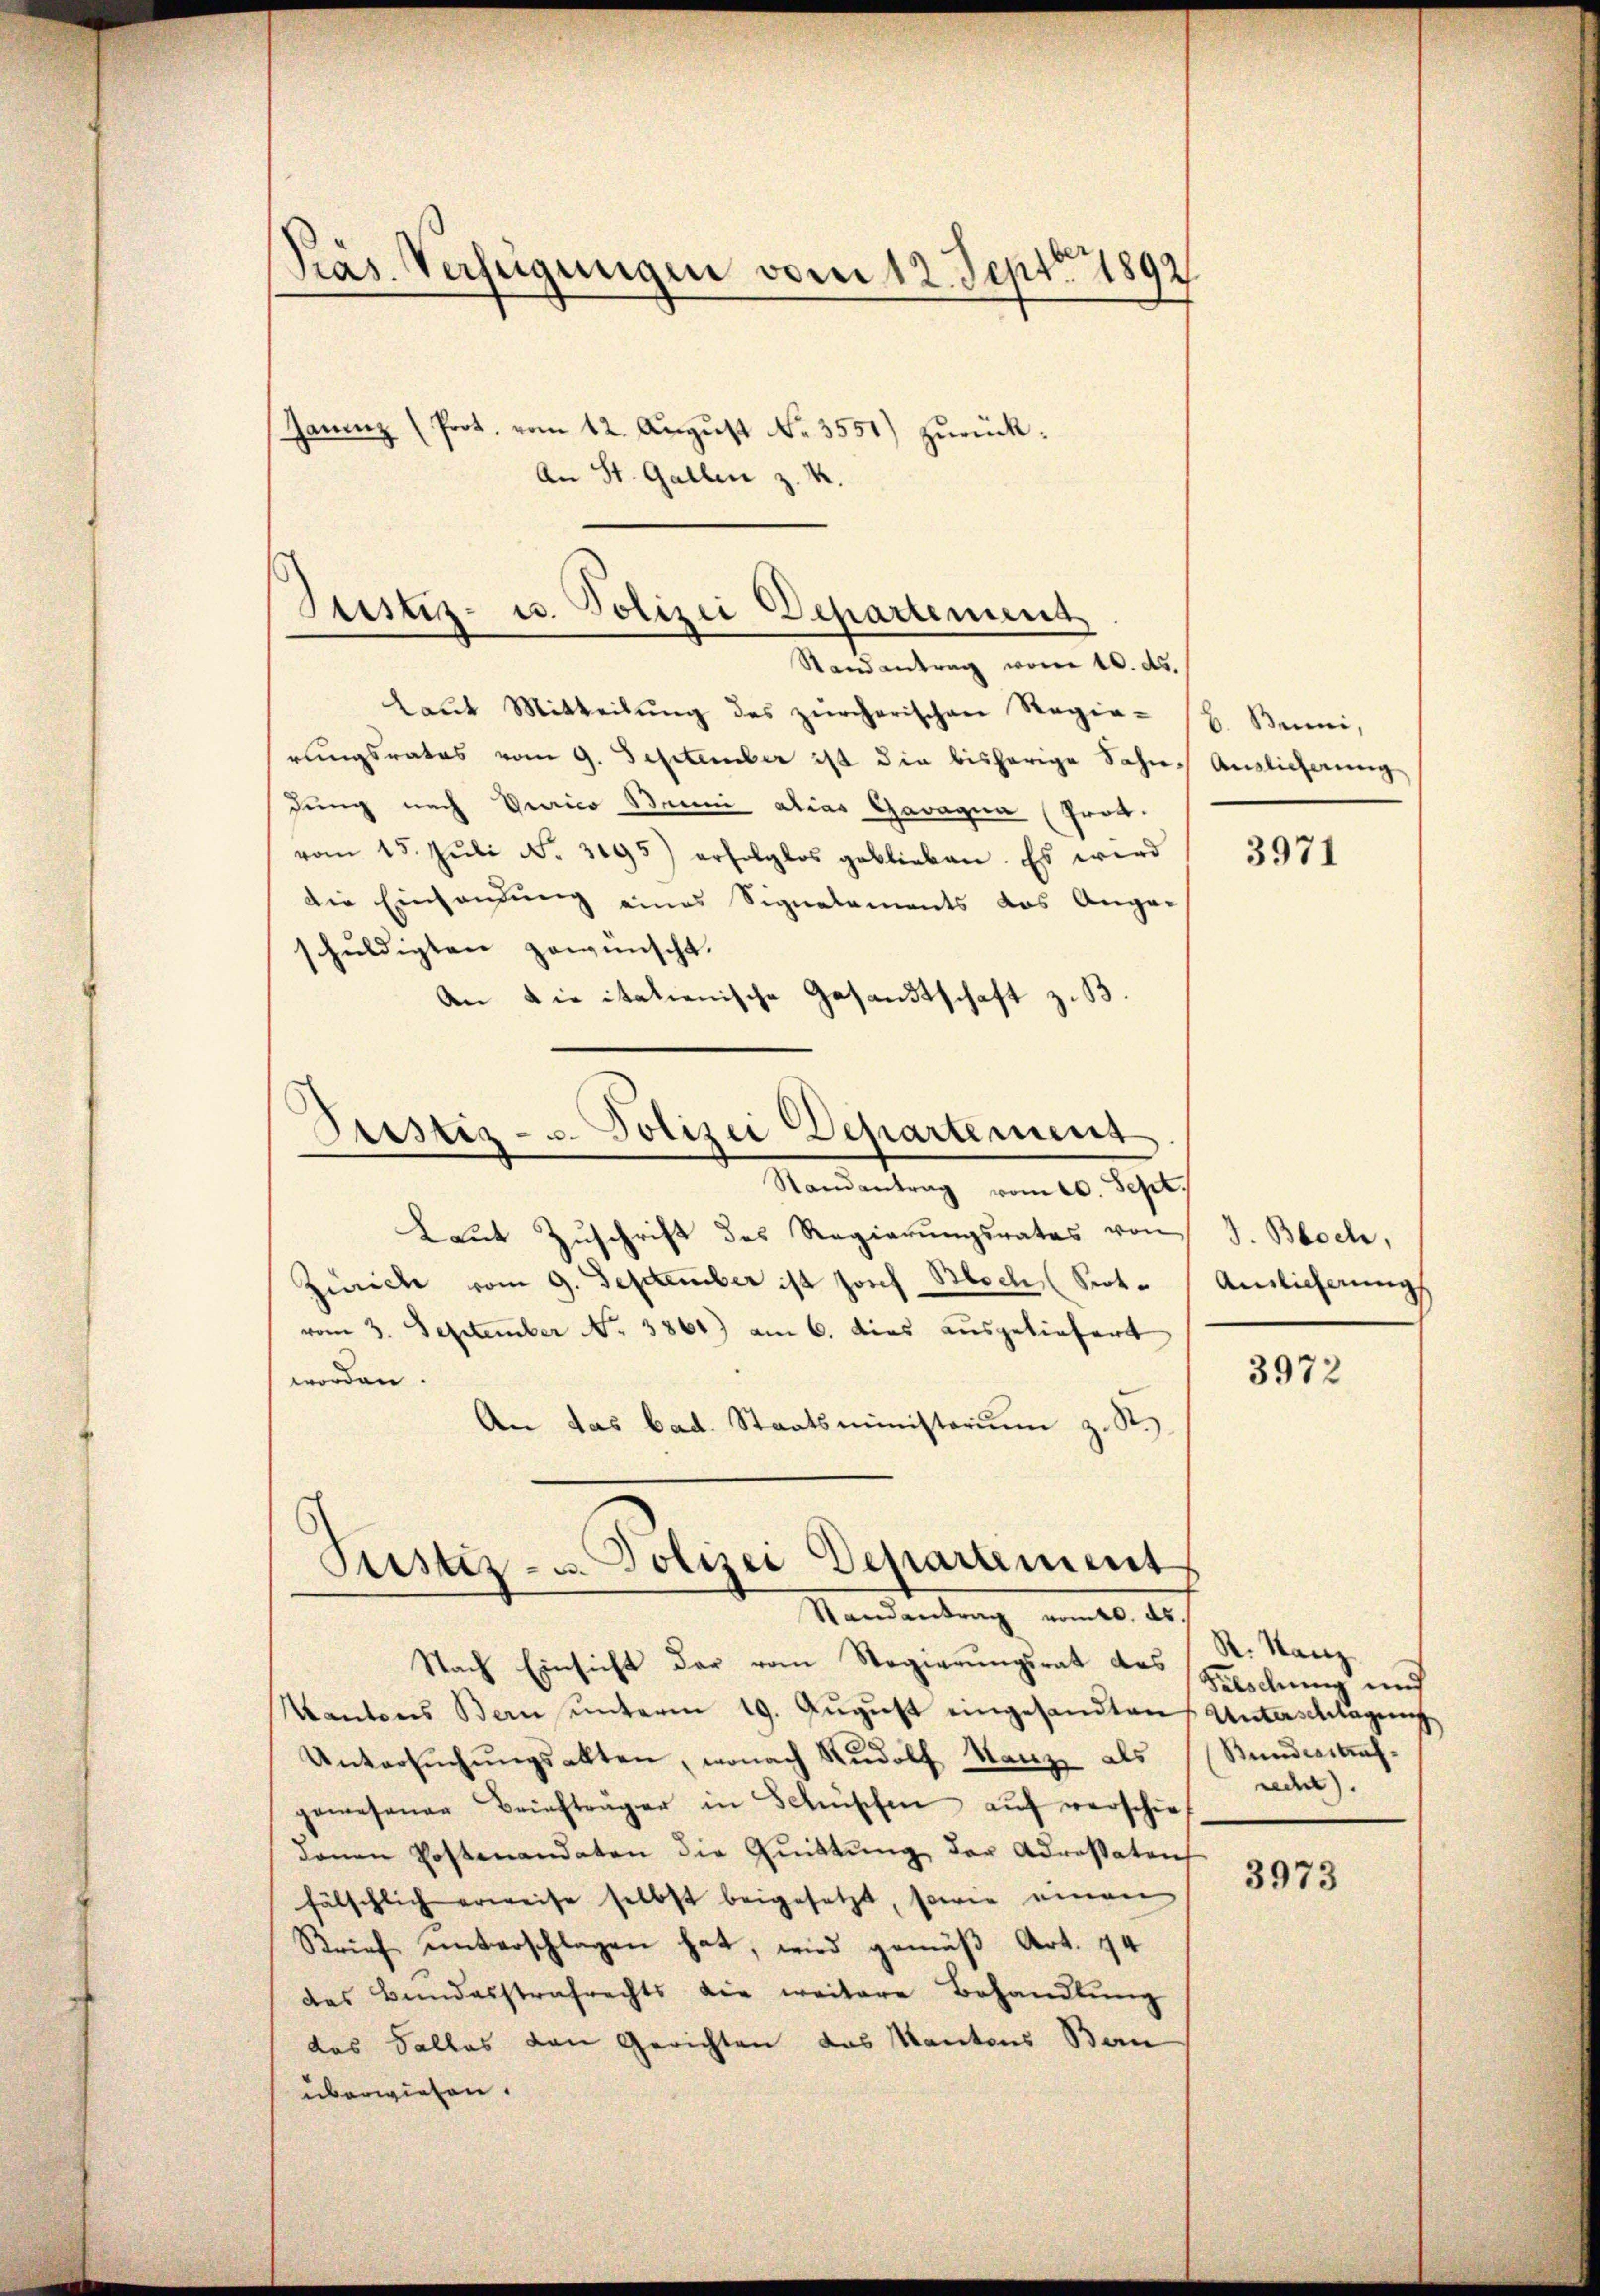
Präs. Verfügungen vom 12. Septbr 1892

Justiz- u. Polizei Departement
Randantrag vom 10. ds.

Janeinz (Prot. vom 12. August No. 3551) zurück:
An St. Gallen z. K.

laŭt Mitteilŭng des zürcherischen Regie- (H. Buni,
rungsrates vom 9. September ist die bisherige Sohn Auslieferung
dung nach Gerico Bruni alias Gavagna (Prod.
vom 15. Jŭli No. 3195) erfolglos geblieben. Es wird
die Einhandung eines Signalements das Ange-
schuldigten gewünscht.
An die italienische Gesandtschaft z. B.
Laut Zuschrift des Regierungsrates von
Zürich vom 9. September ist Josef Bloch, (Sot. (Auslicherung
vom 3. September No. 3861) am 6. dies ausgeliefert
worden.
An das bad. Staatsministorium z. St.
Justiz- u. Polizei Departement
Randantrag nomtl. des
Nach Einsicht der vom Regierungsrat des
Kantons Bern ŭnterm 19. Aŭgŭst eingesandten Unterschlagung
Untersŭchŭngsakten, wonach Rudolf Kanze als
gewesener Briefträger in Schüschen auf verschie
denen Postenandaten die Quittung der Adressaten
fälschlich erweise selbst beigesetzt, sowie einen
Brief unterschlagen hat, wird gemäß Art. 44
des Bundesstrafrechts die weitere Behandlŭng
das Falles von Gerichten das Kantons Bern
überwiesen.

Justiz- u. Polizei Departement
Randantrag vom 20. Sept.

3971

J. Bloch,

3972

R. Stanz
Falschung und
Bundesstraf
rect.

3973